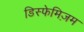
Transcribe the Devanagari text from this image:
डिस्फेमिज़म